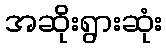
အဆိုးရွားဆုံး